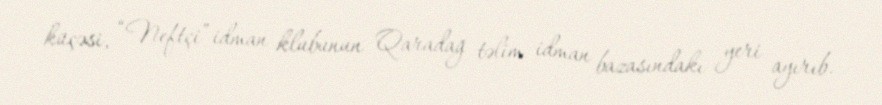
küçəsi, “Neftçi” idman klubunun Qaradağ təlim idman bazasındakı yeri ayırıb.